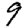
Digit: 9